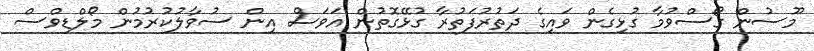
މޫސުން ގޯސްވުމާ ގުޅިގެން ވައިގެ ދަތުރުފަތުރާ ގުޅޭގޮތުން އަވަސް އިން ސުވާލުކުރުމުން މޯލްޑިވްސް